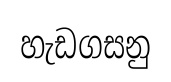
හැඩගසනු